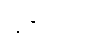
မင်္ဂလာဒုံ